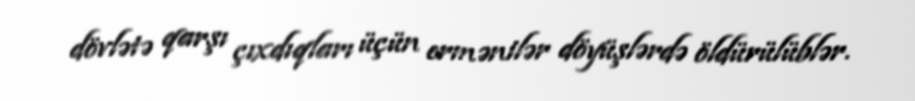
dövlətə qarşı çıxdıqları üçün ermənilər döyüşlərdə öldürülüblər.